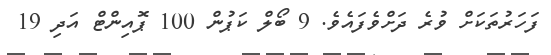
ފަހަރުތަކަށް ވުރެ ދަށްވެފައެވެ. 9 ބޯލް ކަޕުން 100 ޕޮއިންޓް އަދި 19